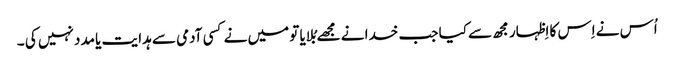
اُس نے اِس کا اِظہار مجھ سے کیا جب خدا نے مجھے بُلایا تو میں نے کسی آدمی سے ہدا یت یا مدد نہیں کی ۔